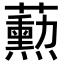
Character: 𬟓